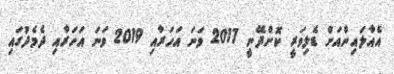
އެއާލައިންއަށް ޑެލިވަރީ ކޮށްދޭނީ 2017 ވަނަ އަހަރާއި 2019 ވަނަ އަހަރާއި ދެމެދުގައި